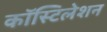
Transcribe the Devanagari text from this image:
कॉस्टिलेशन